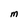
Character: m